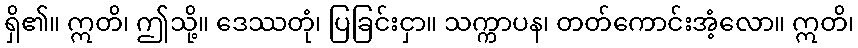
ရှိ၏။ ဣတိ၊ ဤသို့။ ဒေဿတုံ၊ ပြခြင်းငှာ။ သက္ကာပန၊ တတ်ကောင်းအံ့လော။ ဣတိ၊